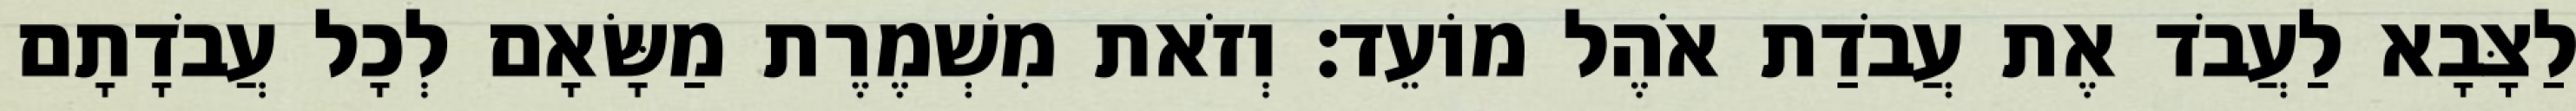
לַצָּבָא לַעֲבֹד אֶת עֲבֹדַת אֹהֶל מוֹעֵד׃ וְזֹאת מִשְׁמֶרֶת מַשָּׂאָם לְכָל עֲבֹדָתָם